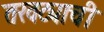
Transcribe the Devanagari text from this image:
तरवट्याची